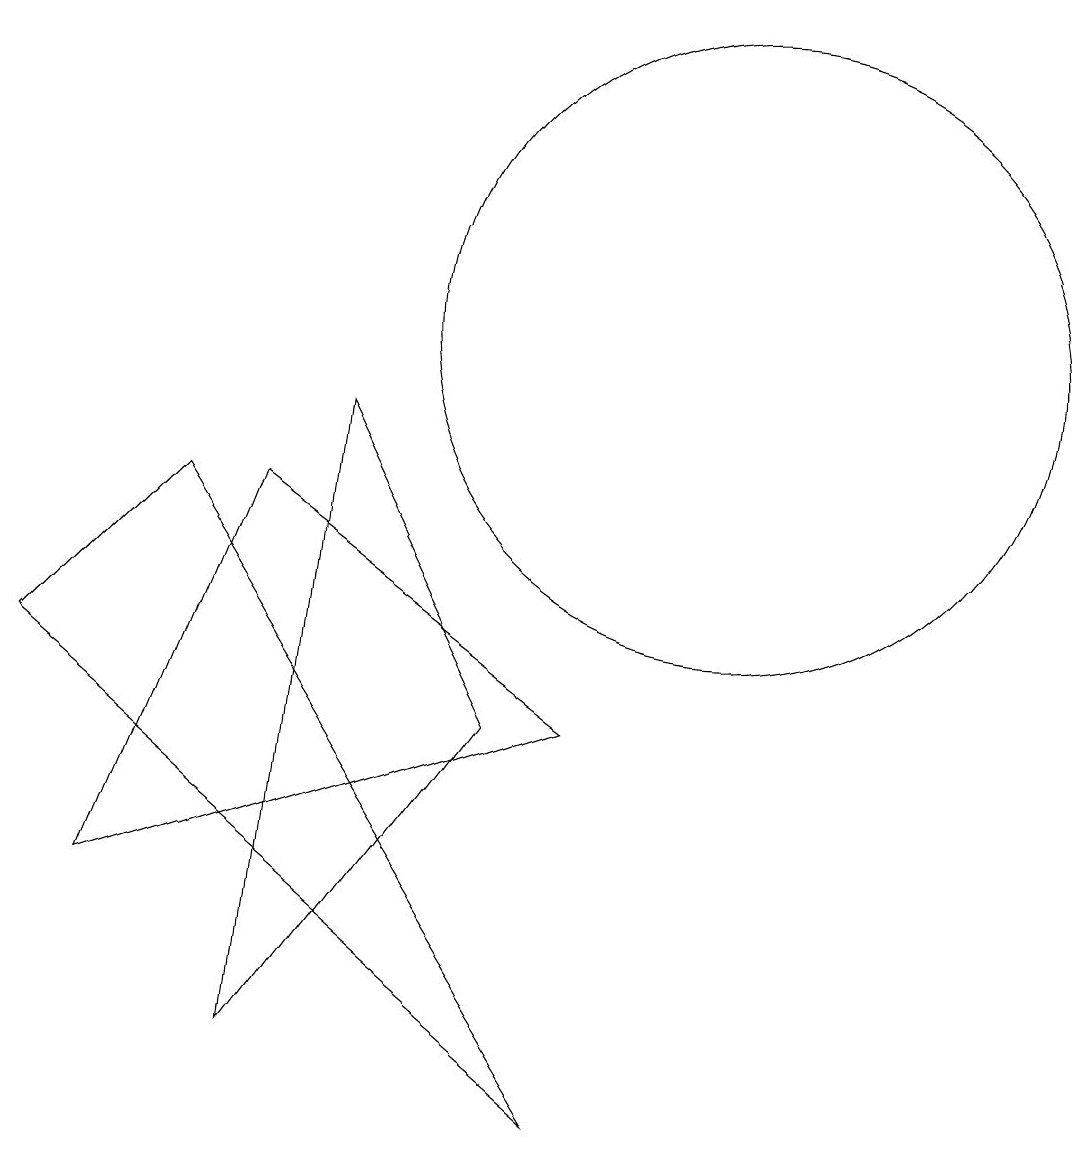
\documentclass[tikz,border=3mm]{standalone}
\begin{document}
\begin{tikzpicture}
\draw (3,3) -- (5,8) -- (9,5) -- cycle;
\draw (11,10) circle (4);
\draw (8,5) -- (6,9) -- (5,1) -- cycle;
\draw (4,8) -- (9,0) -- (2,6) -- cycle;
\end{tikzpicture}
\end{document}